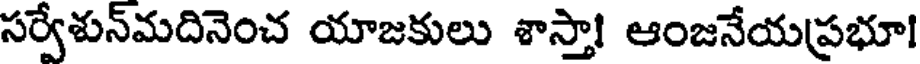
సర్వేశున్మదినెంచ యాజకులు శాస్తా! ఆంజనేయప్రభూ!